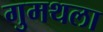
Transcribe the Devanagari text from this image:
गुमथला